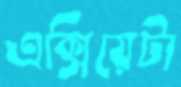
এক্সিয়েটা